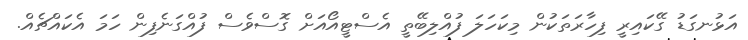
އަޅުނގަޑު ގޭކައިރީ ފިހާރަތަކުން މިކަހަލަ ފުއްލިބޭތީ އެސްޓީއޯއަށް ގޮސްވެސް ފުއްގަނެފިން ހަމަ އެކައްޗެއް.